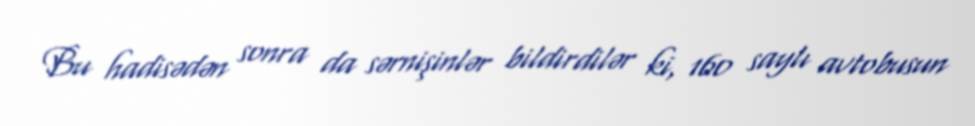
Bu hadisədən sonra da sərnişinlər bildirdilər ki, 160 saylı avtobusun